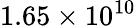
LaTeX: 1.65\times 10^{10}